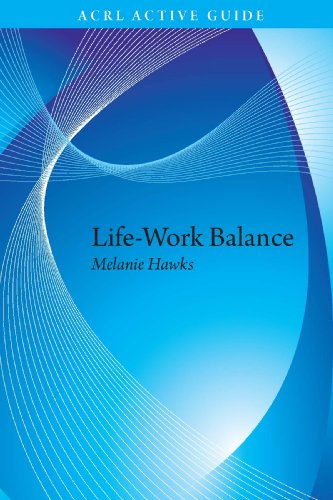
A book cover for Life-Work Balance (ACRL Active Guide #1); Melanie Hawks; Business & Money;